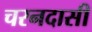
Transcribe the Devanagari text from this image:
चरनदासी